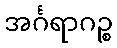
အင်္ဂရာဂဉ္စ